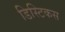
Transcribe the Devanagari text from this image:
डिस्टिकस